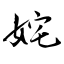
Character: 姹